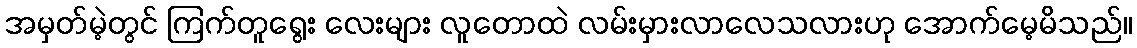
အမှတ်မဲ့တွင် ကြက်တူရွေး လေးများ လူတောထဲ လမ်းမှားလာလေသလားဟု အောက်မေ့မိသည်။